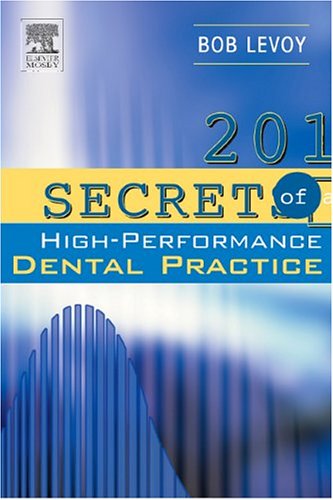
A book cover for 201 Secrets of a High-Performance Dental Practice, 1e; Bob Levoy; Medical Books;